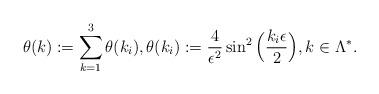
LaTeX: \begin{align*}\theta(k) := \sum_{k=1}^3 \theta(k_i),\theta(k_i) := \frac{4}{\epsilon^2}\sin^2\Big(\frac{k_i\epsilon}{2}\Big),k\in\Lambda^*.\end{align*}